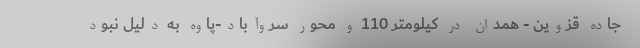
جاده قزوین - همدان در کیلومتر 110 و محور سروآباد-پاوه به دلیل نبود